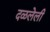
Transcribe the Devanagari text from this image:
दळलेली